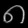
Digit: ၈